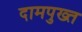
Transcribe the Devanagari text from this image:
दामपुख्त